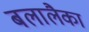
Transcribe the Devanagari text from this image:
बलालैका